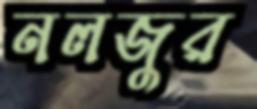
নলজুর